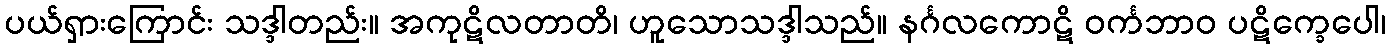
ပယ်ရှားကြောင်း သဒ္ဒါတည်း။ အကုဋိလတာတိ၊ ဟူသောသဒ္ဒါသည်။ နင်္ဂလကောဋိ ဝင်္ကဘာဝ ပဋိက္ခေပေါ၊